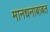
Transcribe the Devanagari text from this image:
मानधनाबाबत